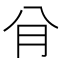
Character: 䏌